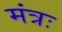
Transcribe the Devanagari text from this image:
मंत्रः